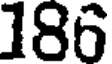
186